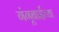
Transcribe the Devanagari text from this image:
गंगूबाईंच्या